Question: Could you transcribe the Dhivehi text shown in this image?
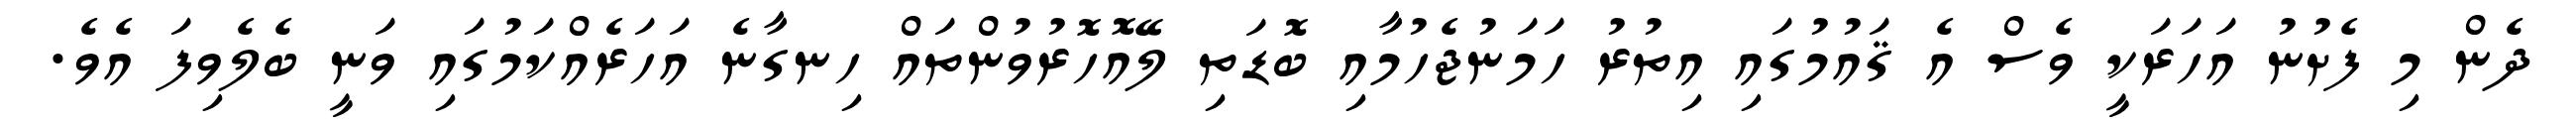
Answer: ދެން މި ފެށުނު އަހަރަކީ ވެސް އެ ޤައުމުގައި އިތުރު ހަމަނުޖެހުމާއި ބޮޑަތި ލޭއޮހޮރުވުންތައް ހިނގާނެ އަހަރެއްކަމުގައި ވަނީ ބެލެވިފަ އެވެ.